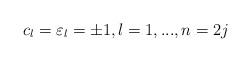
LaTeX: \begin{align*}c_{l}=\varepsilon_l=\pm1,l=1,...,n=2j \end{align*}